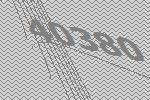
40380